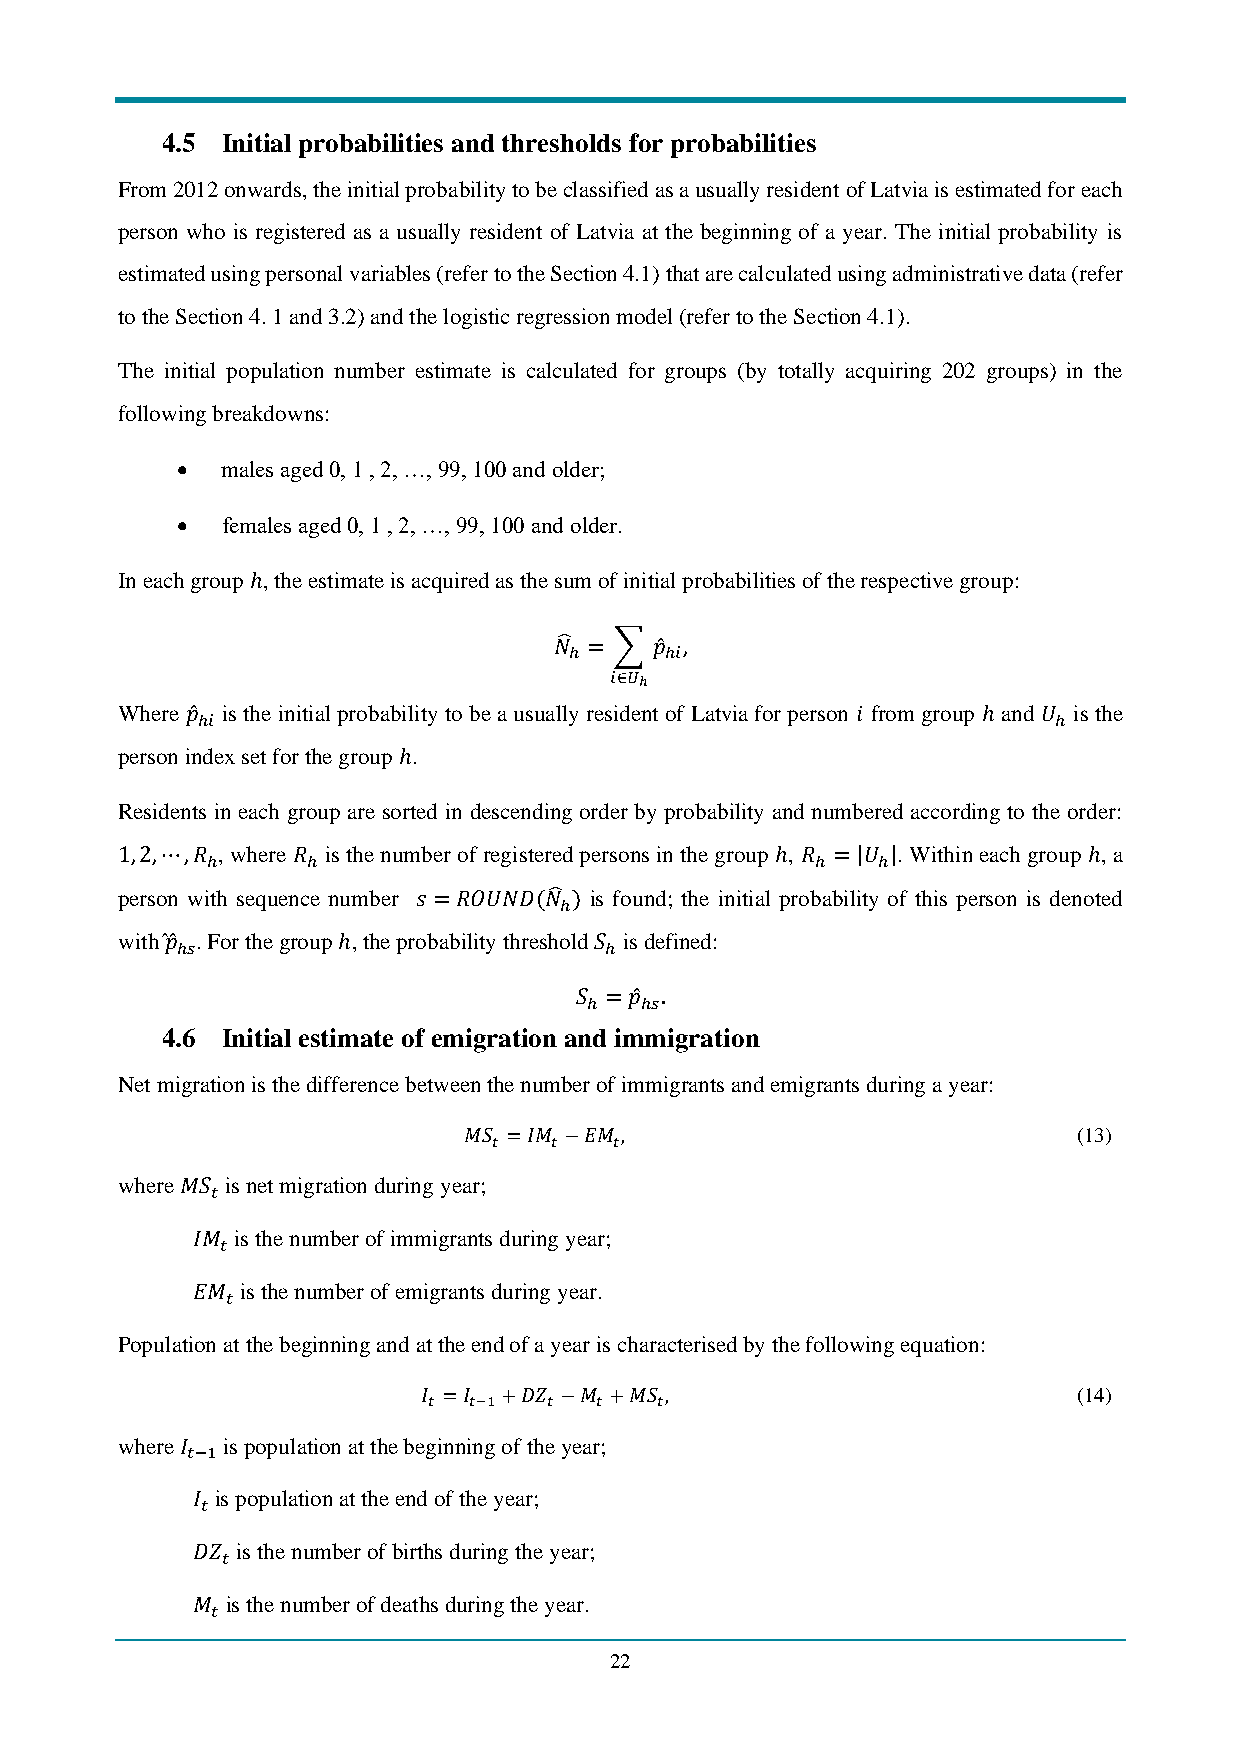
4.5 Initial probabilities and thresholds for probabilities
 From 2012 onwards, the initial probability to be classified as a usually resident of Latvia is estimated for each
 person who is registered as a usually resident of Latvia at the beginning of a year. The initial probability is
 estimated using personal variables (refer to the Section 4.1) that are calculated using administrative data (refer
 to the Section 4. 1 and 3.2) and the logistic regression model (refer to the Section 4.1).
 The initial population number estimate is calculated for groups (by totally acquiring 202 groups) in the
 following breakdowns:
 •  males aged 0, 1 , 2, …, 99, 100 and older;
 •  females aged 0, 1 , 2, …, 99, 100 and older.
 In each group ℎ, the estimate is acquired as the sum of initial probabilities of the respective group:
 𝑁̂ = ∑ 𝑝̂ ,
 ℎ     ℎ𝑖
 𝑖∈𝑈ℎ
 Where 𝑝̂ is the initial probability to be a usually resident of Latvia for person 𝑖 from group ℎ and 𝑈 is the
 ℎ𝑖                                                       ℎ
 person index set for the group ℎ.
 Residents in each group are sorted in descending order by probability and numbered according to the order:
 1,2,⋯,𝑅 , where 𝑅 is the number of registered persons in the group ℎ, 𝑅 =|𝑈 |. Within each group ℎ, a
 ℎ     ℎ                                 ℎ   ℎ
 person with sequence number 𝑠 =𝑅𝑂𝑈𝑁𝐷(𝑁̂ ) is found; the initial probability of this person is denoted
 ℎ
 with 𝑝̂ ̂ . For the group ℎ, the probability threshold 𝑆 is defined:
 ℎ𝑠                          ℎ
 𝑆 = 𝑝̂ .
 ℎ  ℎ𝑠
 4.6 Initial estimate of emigration and immigration
 Net migration is the difference between the number of immigrants and emigrants during a year:
 𝑀𝑆 =𝐼𝑀 −𝐸𝑀 ,                            (13)
 𝑡  𝑡    𝑡
 where 𝑀𝑆 is net migration during year;
 𝑡
 𝐼𝑀 is the number of immigrants during year;
 𝑡
 𝐸𝑀 is the number of emigrants during year.
 𝑡
 Population at the beginning and at the end of a year is characterised by the following equation:
 𝐼 =𝐼 +𝐷𝑍 −𝑀 +𝑀𝑆 ,                          (14)
 𝑡  𝑡−1  𝑡  𝑡   𝑡
 where 𝐼 is population at the beginning of the year;
 𝑡−1
 𝐼 is population at the end of the year;
 𝑡
 𝐷𝑍 is the number of births during the year;
 𝑡
 𝑀 is the number of deaths during the year.
 𝑡
 22